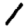
Digit: 1